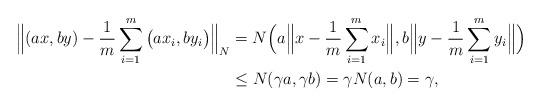
LaTeX: \begin{align*} \Big\| ( ax, by ) - \frac{1}{m}\sum_{i=1}^{m} \big(a x_i, b y_i \big) \Big\|_N &= N\Big( a \Big\| x - \frac{1}{m}\sum_{i=1}^{m} x_i \Big\|, b \Big\| y - \frac{1}{m}\sum_{i=1}^{m} y_i \Big\| \Big) \\ &\leq N(\gamma a, \gamma b) = \gamma N(a, b) = \gamma, \end{align*}